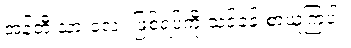
အန်တီ့ သားလေး ဖြစ်ရပ်ကို သင်ခန်းစာယူကြပါ။